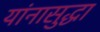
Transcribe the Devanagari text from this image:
यांनासुद्धा